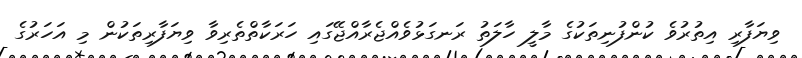
ވިޔަފާރި އިތުރުވެ ކުންފުނިތަކުގެ މާލީ ހާލަތު ރަނގަޅުވެއްޖެރާއްޖޭގައި ހަރަކާތްތެރިވާ ވިޔަފާރިތަކުން މި އަހަރުގެ